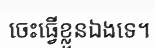
ចេះធ្វើខ្លួនឯងទេ។